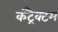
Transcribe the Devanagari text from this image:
कंट्रैक्टम